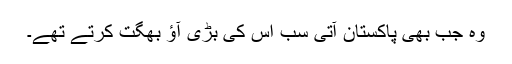
وہ جب بھی پاکستان آتی سب اس کی بڑی آؤ بھگت کرتے تھے۔